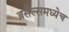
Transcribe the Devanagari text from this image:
ब्रसेल्समध्येच